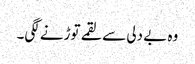
وہ بے دلی سے لقمے توڑنے لگی۔